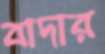
বাদার